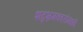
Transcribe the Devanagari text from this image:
शब्दभ्रमकारांमध्ये